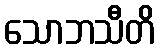
သောဘသီတိ